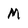
Character: M